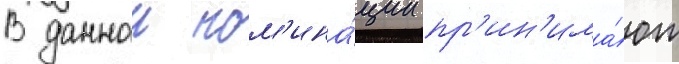
В даннои ном'ина́ции пр'ин'има́ют